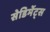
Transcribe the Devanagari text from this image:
सेडिमेंट्स